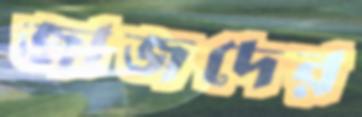
জাজদের